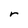
Character: r